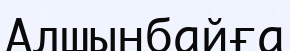
Алшынбайға